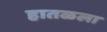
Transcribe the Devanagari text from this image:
हातळला